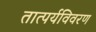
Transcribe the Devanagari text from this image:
तात्पर्यविवरण